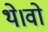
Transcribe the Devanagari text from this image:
थे।वो